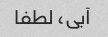
آبی، لطفا